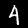
Label: 4